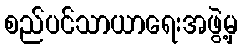
စည်ပင်သာယာရေးအဖွဲ့မှ